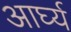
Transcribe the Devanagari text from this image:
आर्घ्य